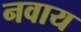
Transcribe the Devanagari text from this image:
नवाय